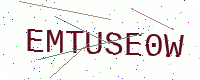
Text: EMTUSE0W